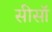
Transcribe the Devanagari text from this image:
सीसॉ